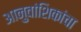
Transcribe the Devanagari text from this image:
आनुवांशिकांचा